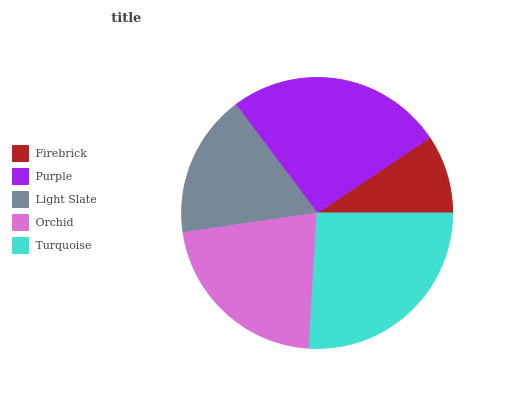
| Firebrick | Purple | Light Slate | Orchid | Turquoise |
 | --- | --- | --- | --- | --- |
 | 9.39% | 25.8% | 17% | 21.8% | 26% |